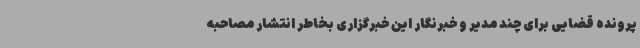
پرونده قضایی برای چند مدیر و خبرنگار این خبرگزاری بخاطر انتشار مصاحبه